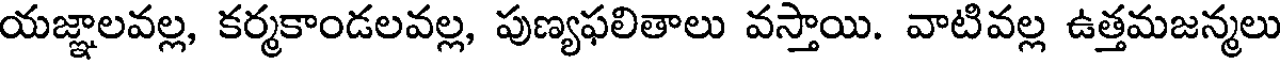
యజ్ఞాలవల్ల, కర్మకాండలవల్ల, పుణ్యఫలితాలు వస్తాయి. వాటివల్ల ఉత్తమజన్మలు